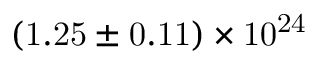
\mathrm { { ( 1 . 2 5 \pm 0 . 1 1 ) \times 1 0 ^ { 2 4 } } }